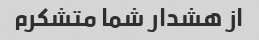
از هشدار شما متشکرم